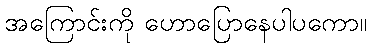
အကြောင်းကို ဟောပြောနေပါပကော။